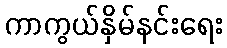
ကာကွယ်နှိမ်နင်းရေး